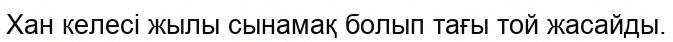
Хан келесі жылы сынамақ болып тағы той жасайды.